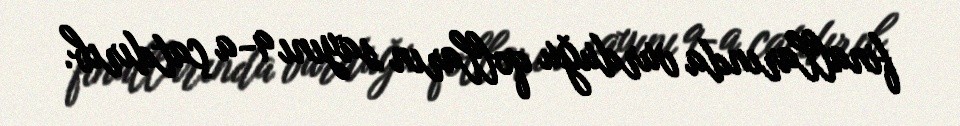
finallarında vurduğu qolların sayını 9-a çatdırıb.